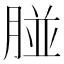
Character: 𦝤